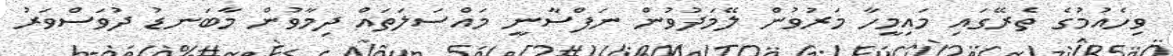
ވިހެއުމުގެ ތެރޭގައި މައިމީހާ މަރުވުން ލޭމަދުވުން ނަފްސާނީ މައްސަލަތައް ދިމާވުން މާބަނޑު ދުވަސްވަރު